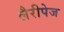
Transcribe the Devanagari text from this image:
लैरीपेज